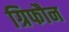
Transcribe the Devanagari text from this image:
ग्रिफौन